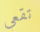
تقعي